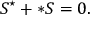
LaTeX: S ^ { \star } + \ast S = 0 .